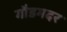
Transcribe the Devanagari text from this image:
गौडमदर